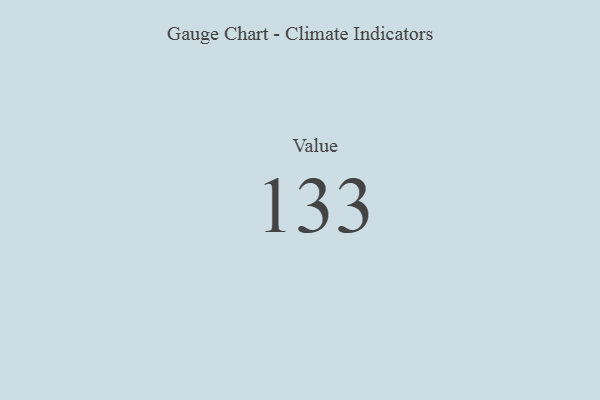
{"axis": {"x": "Metric", "y": "Value"}, "legend": [""], "data": [{"x": "Value", "y": 133, "type": ""}]}